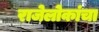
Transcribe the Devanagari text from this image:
राजेलोकांचा